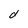
Character: d